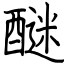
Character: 醚